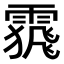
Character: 𩄩